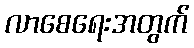
လာစေရေးအတွက်